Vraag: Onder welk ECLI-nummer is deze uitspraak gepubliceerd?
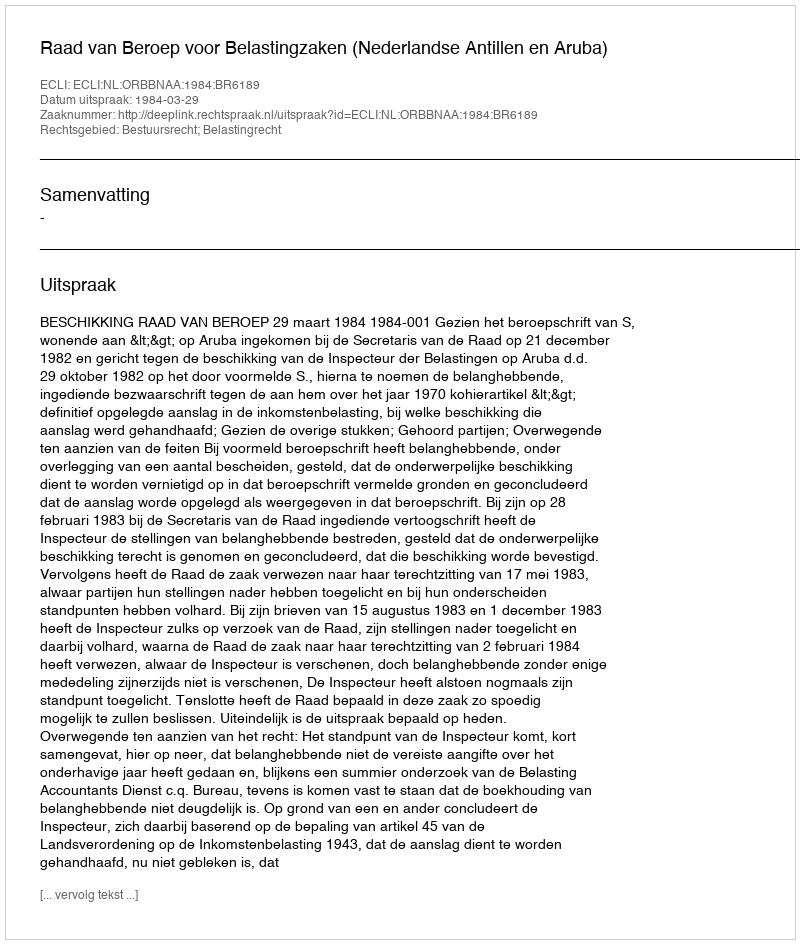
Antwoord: ECLI:NL:ORBBNAA:1984:BR6189